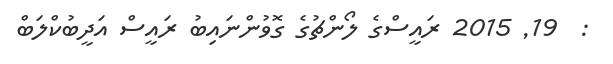
:  19